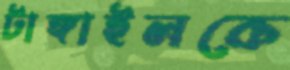
টাঙ্গাইলকে